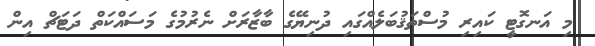
މި އަނގޮޓީ ކައިރި މުސްތަޤުބަލެއްގައި ދުނިޔޭގެ ބާޒާރަށް ނެރުމުގެ މަސައްކަތް ދަޓަޗް އިން